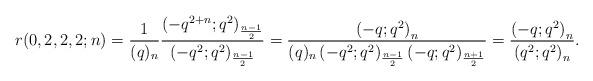
LaTeX: \begin{align*}r(0, 2, 2, 2; n)=\frac1{(q)_n}\frac{\left(-q^{2+n}; q^2\right)_{\frac{n-1}{2}}}{\left(-q^2; q^2\right)_{\frac{n-1}{2}}}=\frac{\left(-q; q^2\right)_n}{(q)_n\left(-q^2; q^2\right)_{\frac{n-1}{2}}\left(-q; q^2\right)_{\frac{n+1}{2}}}=\frac{\left(-q; q^2\right)_n}{\left(q^2; q^2\right)_n}.\end{align*}